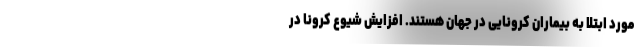
مورد ابتلا به بیماران کرونایی در جهان هستند. افزایش شیوع کرونا در